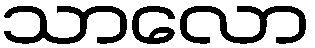
သာလော